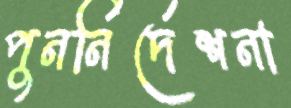
পুনর্নির্দেশনা